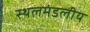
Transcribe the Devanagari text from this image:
स्थलमंडलीय